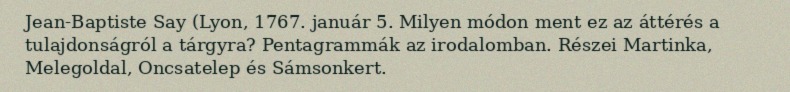
Jean-Baptiste Say (Lyon, 1767. január 5. Milyen módon ment ez az áttérés a tulajdonságról a tárgyra? Pentagrammák az irodalomban. Részei Martinka, Melegoldal, Oncsatelep és Sámsonkert.